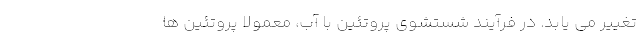
تغییر می یابد. در فرآیند شستشوی پروتئین با آب، معمولاً پروتئین ها